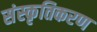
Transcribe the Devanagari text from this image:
संस्‍कृतिकरण